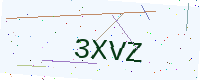
Text: 3XVZ